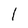
Character: l